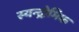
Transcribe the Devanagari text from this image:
स्यन्द्रोमिक